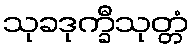
သုခဒုက္ခီသုတ္တံ